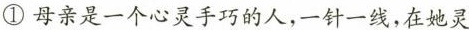
①母亲是一个心灵手巧的人，一针一线，在她灵